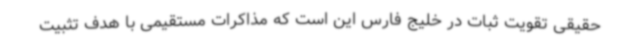
حقیقی تقویت ثبات در خلیج فارس این است که مذاکرات مستقیمی با هدف تثبیت